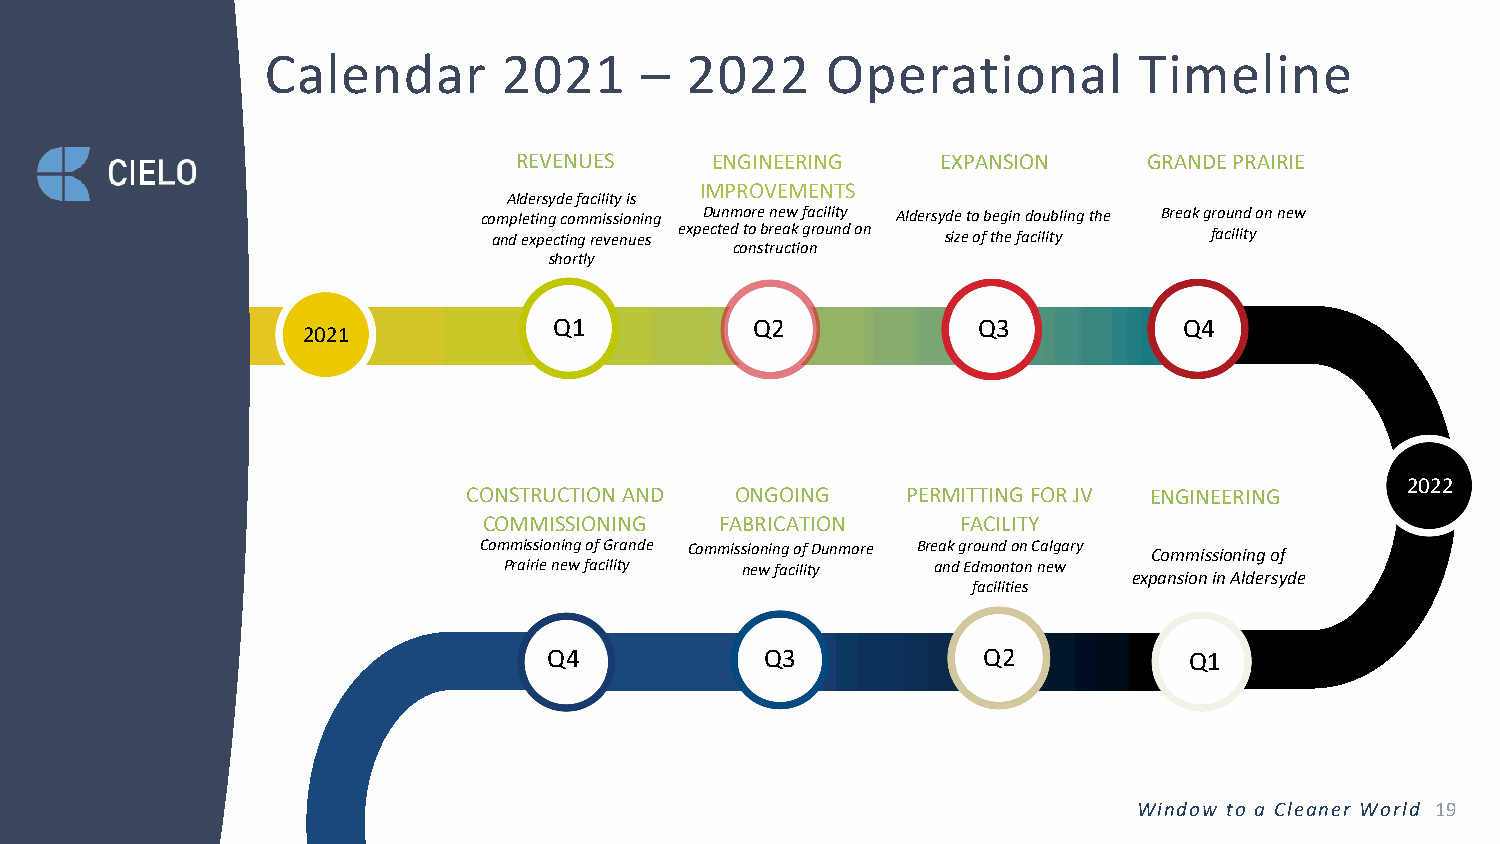
Calendar       2021     –  2022      Operational         Timeline
 REVENUES     ENGINEERING    EXPANSION     GRANDE PRAIRIE
 IMPROVEMENTS
 Aldersyde facility is
 completing commissioning Dunmore new facility Aldersyde to begin doubling the Break ground on new
 and expecting revenues expected to break ground on size of the facility facility
 construction
 shortly
 Q4
 Q1           Q2             Q3           Q4
 2021
 2022
 CONSTRUCTION AND  ONGOING    PERMITTING FOR JV ENGINEERING    20
 COMMISSIONING   FABRICATION     FACILITY                     21
 Commissioning of Grande Commissioning of Dunmore Break ground on Calgary Commissioning of
 Prairie new facility new facility and Edmonton new
 expansion in Aldersyde
 facilities
 Q1
 Q4             Q3            Q2            Q1
 Window to a Cleaner World 19